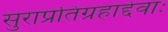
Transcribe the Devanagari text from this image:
सुराप्रतिग्रहाद्देवाः